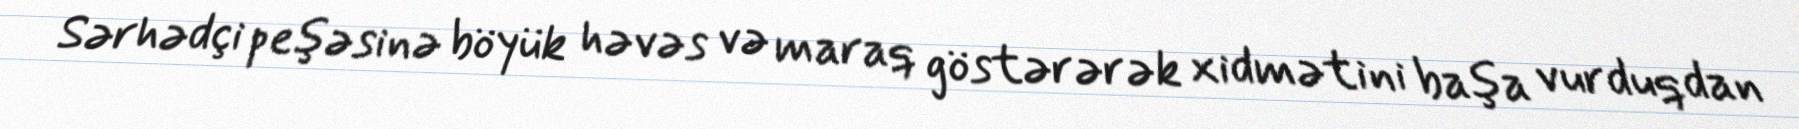
Sərhədçi peşəsinə böyük həvəs və maraq göstərərək xidmətini başa vurduqdan